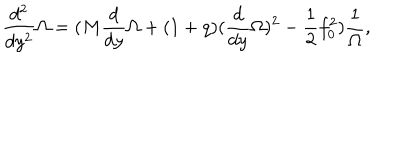
\frac { d ^ { 2 } } { d y ^ { 2 } } \Omega = ( M \frac { d } { d y } \Omega + ( 1 + q ) ( \frac { d } { d y } \Omega ) ^ { 2 } - \frac { 1 } { 2 } f _ { 0 } ^ { 2 } ) \frac { 1 } { \Omega } ,